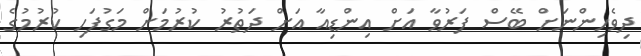
ދިވެހިންނަށް ބޭސް ފަރުވާ އަށް އިންޑިއާ އަށް ދަތުރު ކުރުމަށް މަގުފަހި ކުރުމުގެ